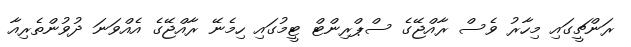
ރަންޗީގައި މިހާރު ވެސް ރާއްޖޭގެ ސްޕްރިންޓް ޓީމުގައި ހިމެނޭ ރާއްޖޭގެ އެއްވަނަ ދުުވުންތެރިއާ